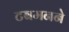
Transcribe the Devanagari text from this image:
टबमनने